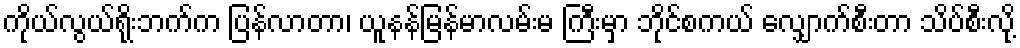
ကိုယ်လွယ်ရိုးဘက်က ပြန်လာတာ၊ ယူနန်မြန်မာလမ်းမ ကြီးမှာ ဘိုင်စကယ် လျှောက်စီးတာ သိပ်စီးလို့